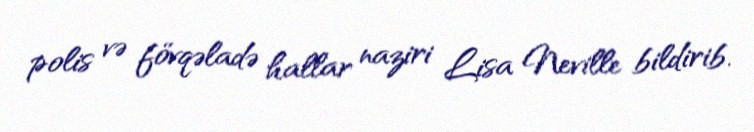
polis və fövqəladə hallar naziri Lisa Neville bildirib.